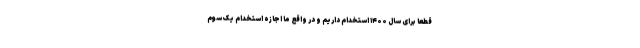
قطعاً برای سال ۱۴۰۰ استخدام داریم و در واقع ما اجازه استخدام یک سوم